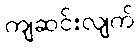
ကျဆင်းလျက်